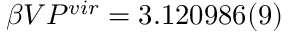
\beta V P ^ { v i r } = 3 . 1 2 0 9 8 6 ( 9 )